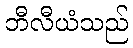
ဘီလီယံသည်